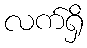
လက်ရှိ